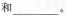
和___。